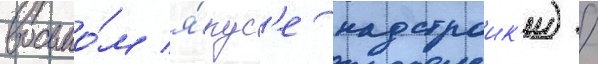
восьмо́м я́рус'е надстроик'и) /